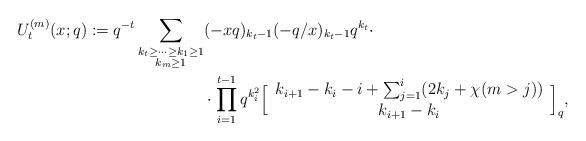
LaTeX: \begin{align*}U_t^{(m)}(x;q):=q^{-t}\sum_{\substack{k_t\ge \cdots \ge k_1\ge 1\\ k_m\ge 1}}&(-xq)_{k_t-1}(-q/x)_{k_t-1}q^{k_t}\cdot \\&\cdot \prod_{i=1}^{t-1}q^{k_i^2}\Big [ \begin{array} {c} k_{i+1}-k_i-i+\sum_{j=1}^{i}(2k_j+\chi(m>j))\\k_{i+1}-k_i \end{array}\Big ]_q, \end{align*}